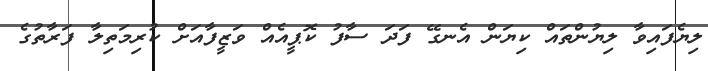
ލިޔެފައިވާ ލިޔުންތައް ކިޔަން އެނގޭ ފަދަ ސާފު ކޮޕީއެއް ވަޒީފާއަށް ކުރިމަތިލާ ފަރާތުގެ